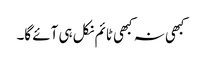
کبھی نہ کبھی ٹائم نکل ہی آئے گا۔